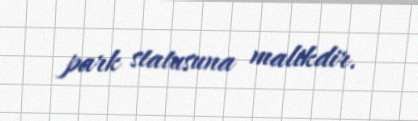
park statusuna malikdir.